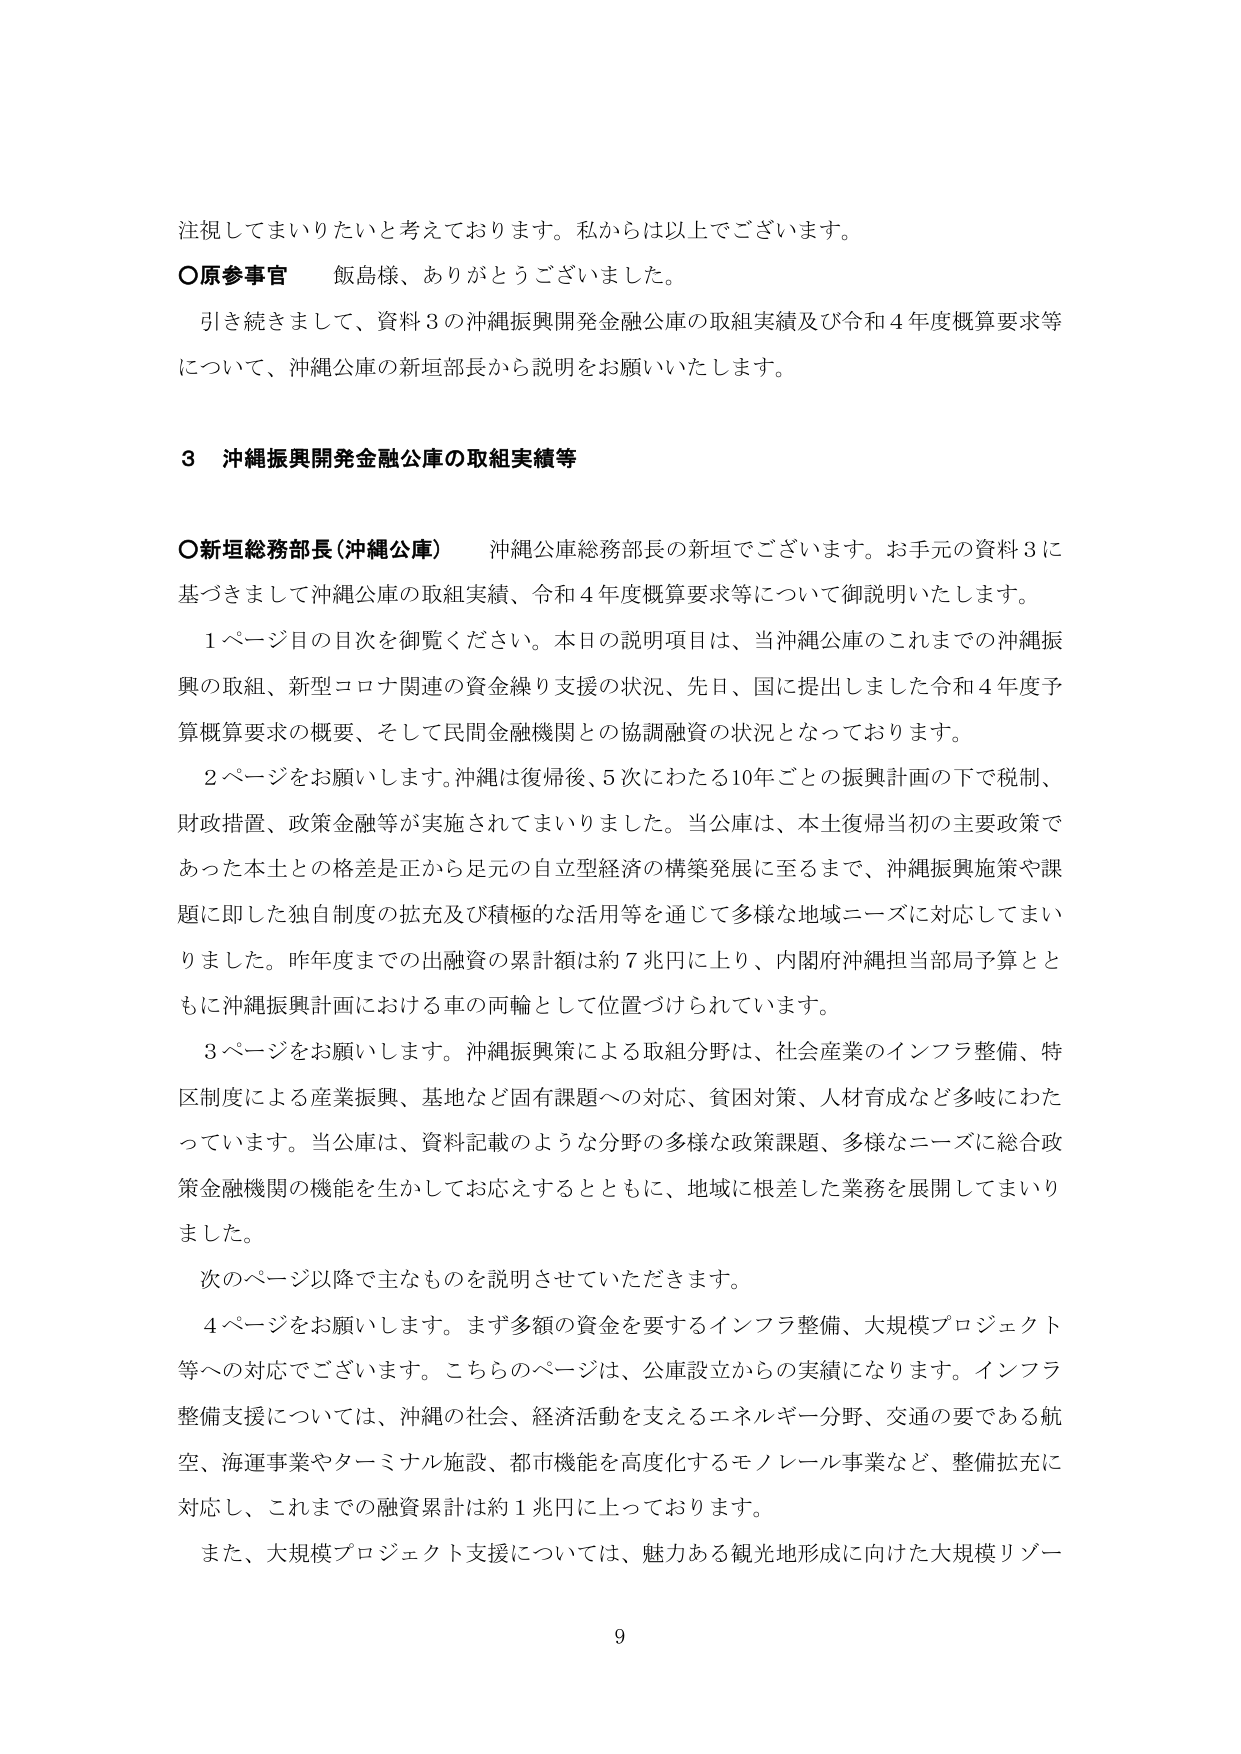
注視してまいりたいと考えております。私からは以上でございます。

○原参事官　飯島様、ありがとうございました。

引き続きまして、資料３の沖縄振興開発金融公庫の取組実績及び令和４年度概算要求等について、沖縄公庫の新垣部長から説明をお願いいたします。

３　沖縄振興開発金融公庫の取組実績等

○新垣総務部長（沖縄公庫）　沖縄公庫総務部長の新垣でございます。お手元の資料３に基づきまして沖縄公庫の取組実績、令和４年度概算要求等について御説明いたします。

１ページ目の目次を御覧ください。本日の説明項目は、当沖縄公庫のこれまでの沖縄振興の取組、新型コロナ関連の資金繰り支援の状況、先日、国に提出しました令和４年度予算概算要求の概要、そして民間金融機関との協調融資の状況となっております。

２ページをお願いします。沖縄は復帰後、５次にわたる10年ごとの振興計画の下で税制、財政措置、政策金融等が実施されてまいりました。当公庫は、本土復帰当初の主要政策であった本土との格差是正から足元の自立型経済の構築発展に至るまで、沖縄振興施策や課題に即した独自制度の拡充及び積極的な活用等を通じて多様な地域ニーズに対応してまいりました。昨年度までの出融資の累計額は約７兆円に上り、内閣府沖縄担当部局予算とともに沖縄振興計画における車の両輪として位置づけられています。

３ページをお願いします。沖縄振興策による取組分野は、社会産業のインフラ整備、特区制度による産業振興、基地など固有課題への対応、貧困対策、人材育成など多岐にわたっています。当公庫は、資料記載のような分野の多様な政策課題、多様なニーズに総合政策金融機関の機能を生かしてお応えするとともに、地域に根差した業務を展開してまいりました。

次のページ以降で主なものを説明させていただきます。

４ページをお願いします。まず多額の資金を要するインフラ整備、大規模プロジェクト等への対応でございます。こちらのページは、公庫設立からの実績になります。インフラ整備支援については、沖縄の社会、経済活動を支えるエネルギー分野、交通の要である航空、海運事業やターミナル施設、都市機能を高度化するモノレール事業など、整備拡充に対応し、これまでの融資累計は約１兆円に上っております。

また、大規模プロジェクト支援については、魅力ある観光地形成に向けた大規模リゾー

9